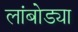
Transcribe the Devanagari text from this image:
लांबोड्या